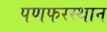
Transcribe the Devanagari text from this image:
पणफरस्थान